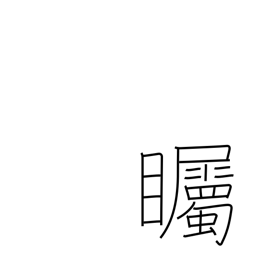
Meaning: look intently